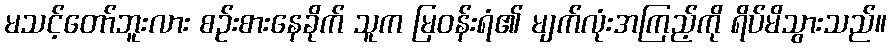
မသင့်တော်ဘူးလား စဉ်းစားနေခိုက် သူက မြဝန်းရံ၏ မျက်လုံးအကြည့်ကို ရိပ်မိသွားသည်။